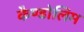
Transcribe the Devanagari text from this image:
कैण्डोलिम